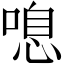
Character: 𠺒